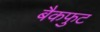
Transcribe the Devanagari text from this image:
बैकफुट